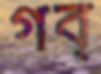
গব্